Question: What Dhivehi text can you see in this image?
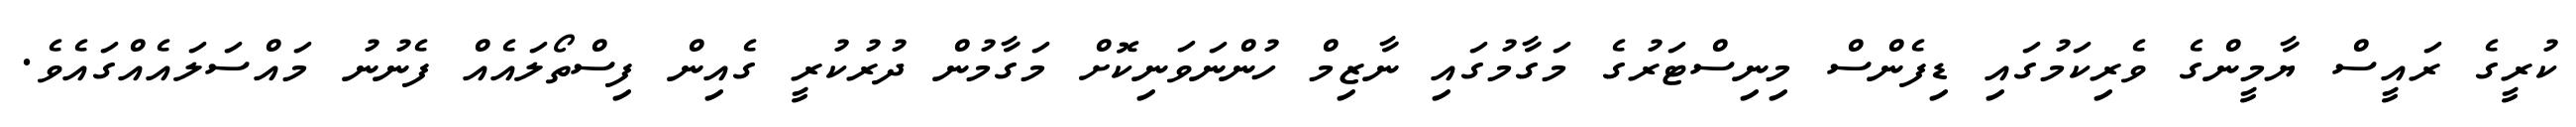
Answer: ކުރީގެ ރައީސް ޔާމީންގެ ވެރިކަމުގައި ޑިފެންސް މިނިސްޓަރުގެ މަގާމުގައި ނާޒިމް ހުންނަވަނިކޮށް މަގާމުން ދުރުކުރީ ގެއިން ފިސްތޯލައެއް ފެނުނު މައްސަލައެއްގައެވެ.